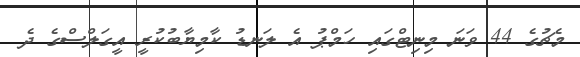
މެޗުގެ 44 ވަނަ މިނިޓްގައި ހަމްޕު އެ ލަނޑު ކާމިޔާބުކުރީ އީގަލްސްގެ ދެ